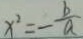
x ^ { 2 } = - \frac { b } { a }